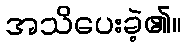
အသိပေးခဲ့၏။